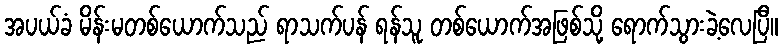
အပယ်ခံ မိန်းမတစ်ယောက်သည် ရာသက်ပန် ရန်သူ တစ်ယောက်အဖြစ်သို့ ရောက်သွားခဲ့လေပြီ။